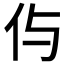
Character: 𠇐